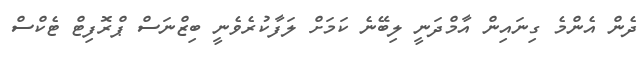
ދެން އެންމެ ގިނައިން އާމްދަނީ ލިބޭނެ ކަމަށް ލަފާކުރެވެނީ ބިޒްނަސް ޕްރޮފިޓް ޓެކްސް